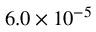
6 . 0 \times 1 0 ^ { - 5 }